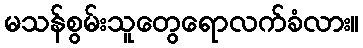
မသန်စွမ်းသူတွေရောလက်ခံလား။